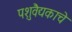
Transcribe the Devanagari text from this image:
पशुवैद्यकाचे